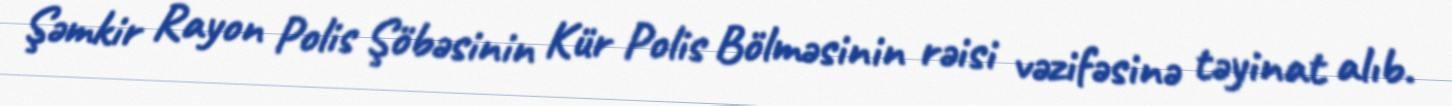
Şəmkir Rayon Polis Şöbəsinin Kür Polis Bölməsinin rəisi vəzifəsinə təyinat alıb.